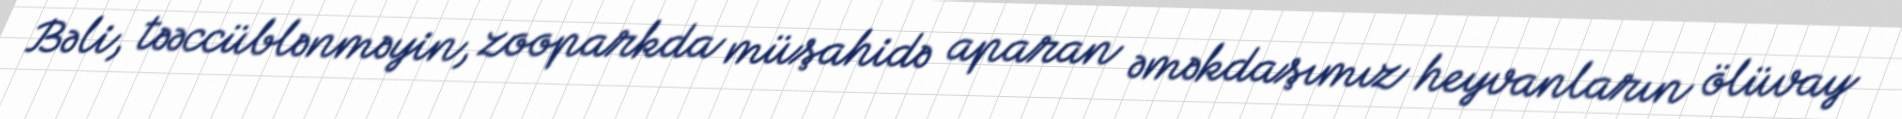
Bəli, təəccüblənməyin, zooparkda müşahidə aparan əməkdaşımız heyvanların ölüvay